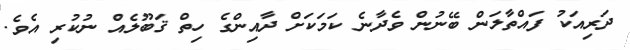
ދަރިއަކު ފައްތާލަން ބޭނުން ވެދާނެ ކަމަކަށް ދާއިންގެ ހިތް ޤަބޫލެއް ނުކުރި އެވެ.